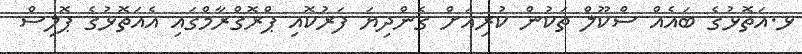
ޅ.އަތޮޅުގެ ބައެއް ސްކޫލް ތަކުން ކުރިއަށް ގެންދިޔަ ފަރުކޮއި ޕްރޮގްރާމްގައި އެއަތޮޅުގެ ޕޮލިސް